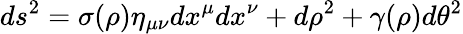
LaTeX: ds^{2}=\sigma(\rho)\eta_{\mu\nu}dx^{\mu}dx^{\nu}+d\rho^{2}+\gamma(\rho)d\theta^{2}